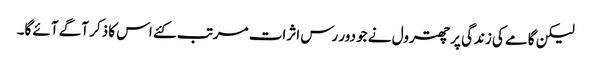
لیکن گامے کی زندگی پر چھترول نے جو دور رس اثرات مرتب کئے اس کا ذکر آگے آئے گا۔